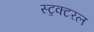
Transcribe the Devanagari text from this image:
स्ट्रक्टरल